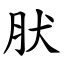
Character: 肰